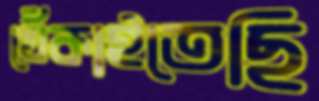
খেঁকাইতেছি